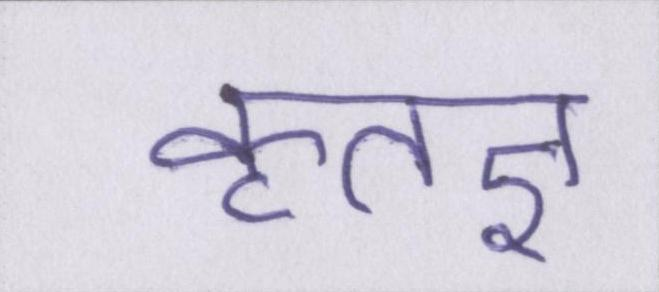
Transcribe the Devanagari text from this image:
कृतज्ञ